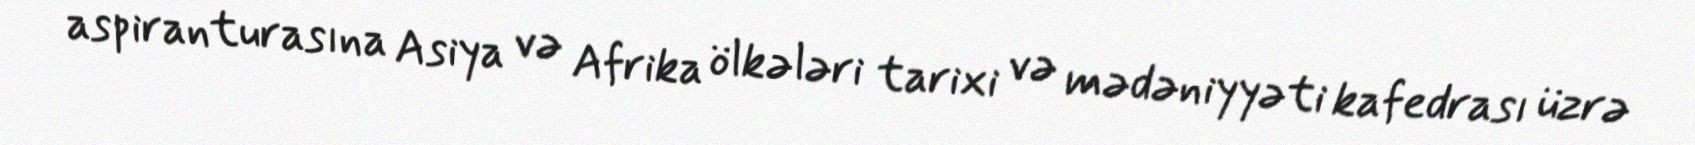
aspiranturasına Asiya və Afrika ölkələri tarixi və mədəniyyəti kafedrası üzrə